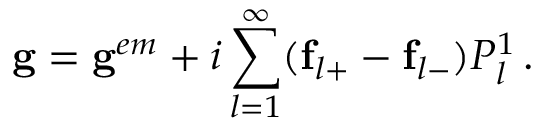
\mathbf { g } = \mathbf { g } ^ { e m } + i \sum _ { l = 1 } ^ { \infty } ( \mathbf { f } _ { l + } - \mathbf { f } _ { l - } ) P _ { l } ^ { 1 } \, .